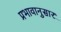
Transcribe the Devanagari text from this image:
प्रभावानुसार